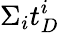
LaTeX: \Sigma_{i}t_{D}^{i}